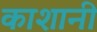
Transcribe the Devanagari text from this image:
काशानी